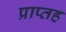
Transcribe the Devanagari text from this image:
प्राप्तह